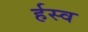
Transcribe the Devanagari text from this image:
र्हस्व